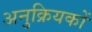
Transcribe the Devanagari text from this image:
अनुक्रियकों